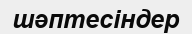
шәптесіндер